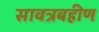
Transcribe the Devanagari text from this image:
सावत्रबहीण